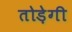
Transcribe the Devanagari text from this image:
तोड़ेगी